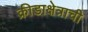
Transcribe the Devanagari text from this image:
क्रीडाक्षेत्राची